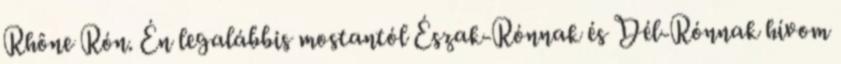
Rhône Rón. Én legalábbis mostantól Észak-Rónnak és Dél-Rónnak hívom